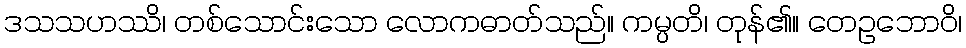
ဒသသဟဿိ၊ တစ်သောင်းသော လောကဓာတ်သည်။ ကမ္ပတိ၊ တုန်၏။ တေဥဘောဝိ၊